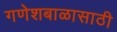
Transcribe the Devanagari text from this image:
गणेशबाळासाठी